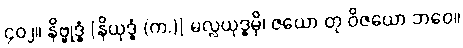
၄၀၂။ နိဗ္ဗုဒ္ဓံ [နိယုဒ္ဓံ (က.)] မလ္လယုဒ္ဓမှိ၊ ဇယော တု ဝိဇယော ဘဝေ။